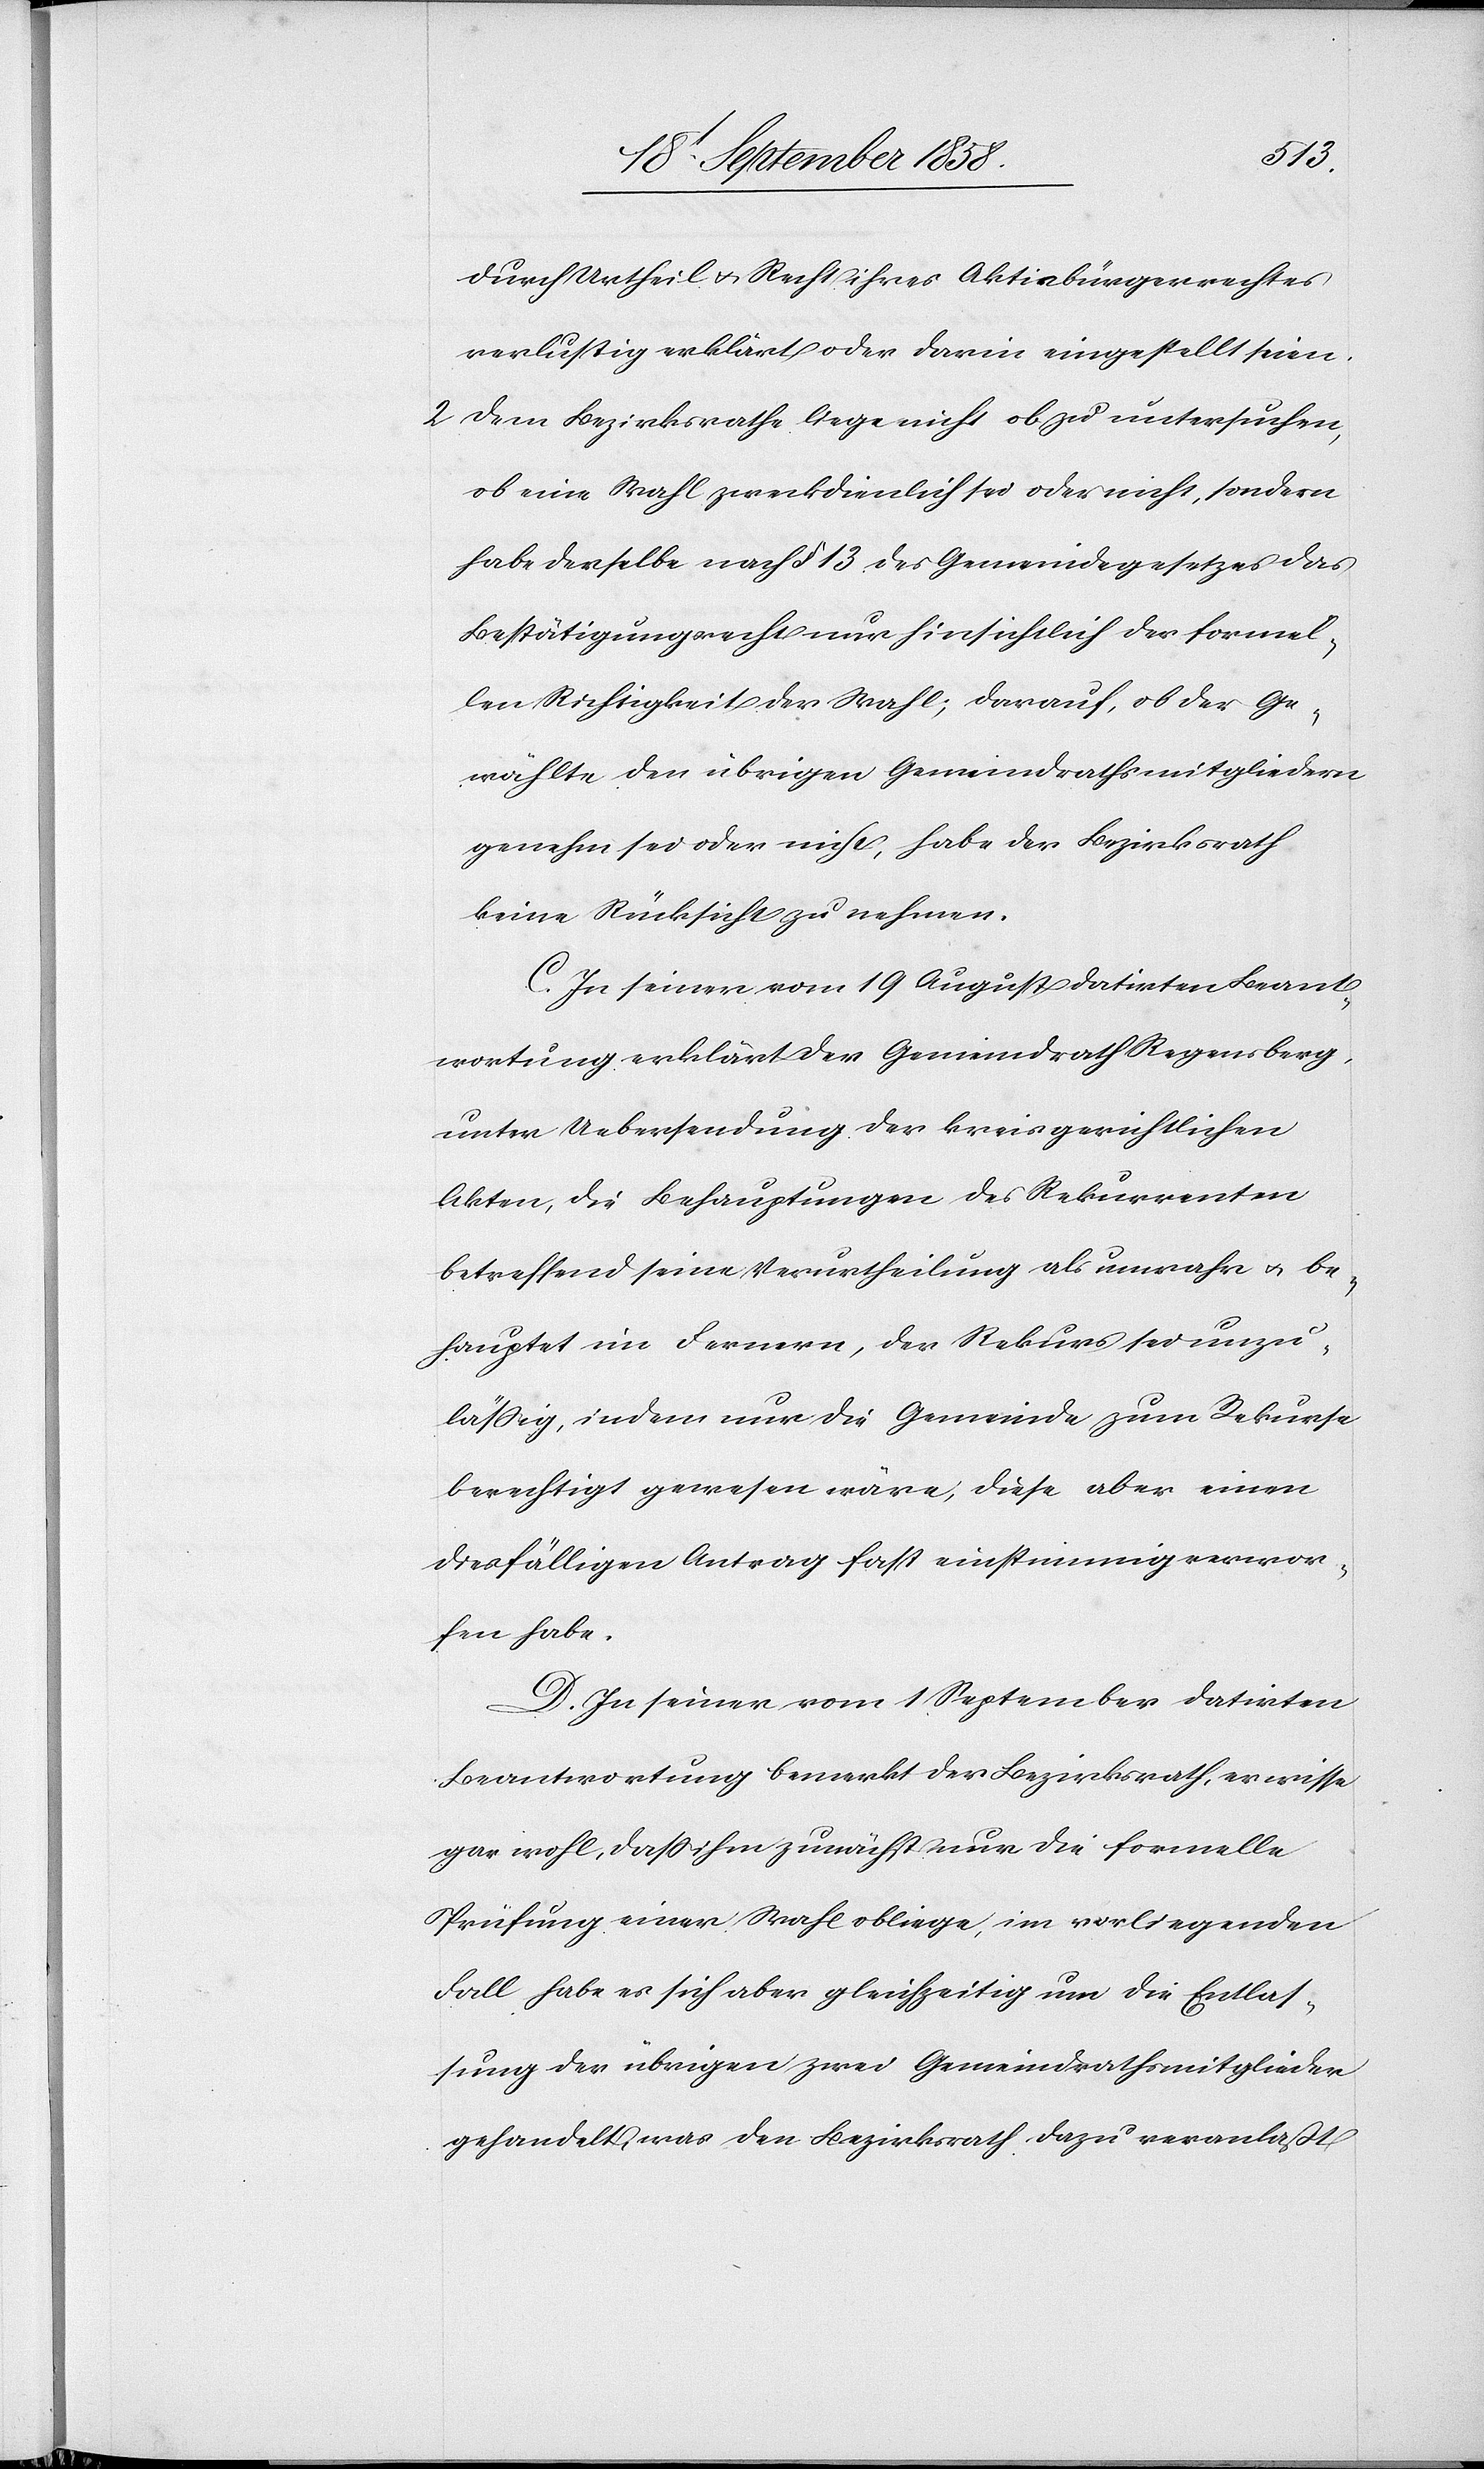
durch Urtheil & Recht ihres Aktivbürgerrechtes
verlustig erklärt oder darin eingestellt seien.
Dem Bezirksrathe liege nicht ob zu untersuchen,
ob eine Wahl zweckdienlich sei oder nicht, sondern
habe derselbe nach § 13 des Gemeindegesetzes das
Bestätigungsrecht nur hinsichtlich der formel¬
len Richtigkeit der Wahl; darauf, ob der Ge¬
wählte den übrigen Gemeindrathsmitgliedern
genehm sei oder nicht, habe der Bezirksrath
keine Rücksicht zu nehmen.
C. In seiner vom 19 August datirten Beant¬
wortung erklärt der Gemeindrath Regensberg,
unter Uebersendung der kreisgerichtlichen
Akten, die Behauptungen des Rekurrenten
betreffend seine Verurtheilung als unwahr & be¬
hauptet im Fernern, der Rekurs sei unzu¬
lässig, indem nur die Gemeinde zum Rekurse
berechtigt gewesen wäre, diese aber einen
diesfälligen Antrag fast einstimmig verwor¬
fen habe.
D. In seiner vom 1 September datirten
Beantwortung bemerkt der Bezirksrath, er wisse
gar wohl, dass ihm zunächst nur die formelle
Prüfung einer Wahl obliege, im vorliegenden
Fall habe es sich aber gleichzeitig um die Entlas¬
sung der übrigen zwei Gemeindrathsmitglieder
gehandelt, was den Bezirksrath dazu veranlaßt